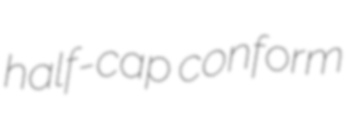
half-cap conform